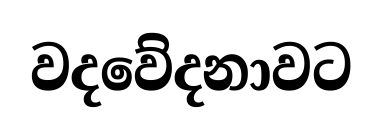
වදවේදනාවට